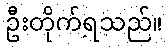
ဦးတိုက်ရသည်။